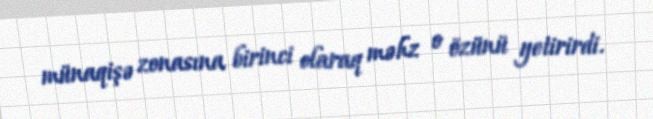
münaqişə zonasına birinci olaraq məhz o özünü yetirirdi.